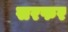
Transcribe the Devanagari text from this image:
सरफर